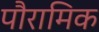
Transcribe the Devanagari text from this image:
पौरामिक